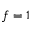
f = 1